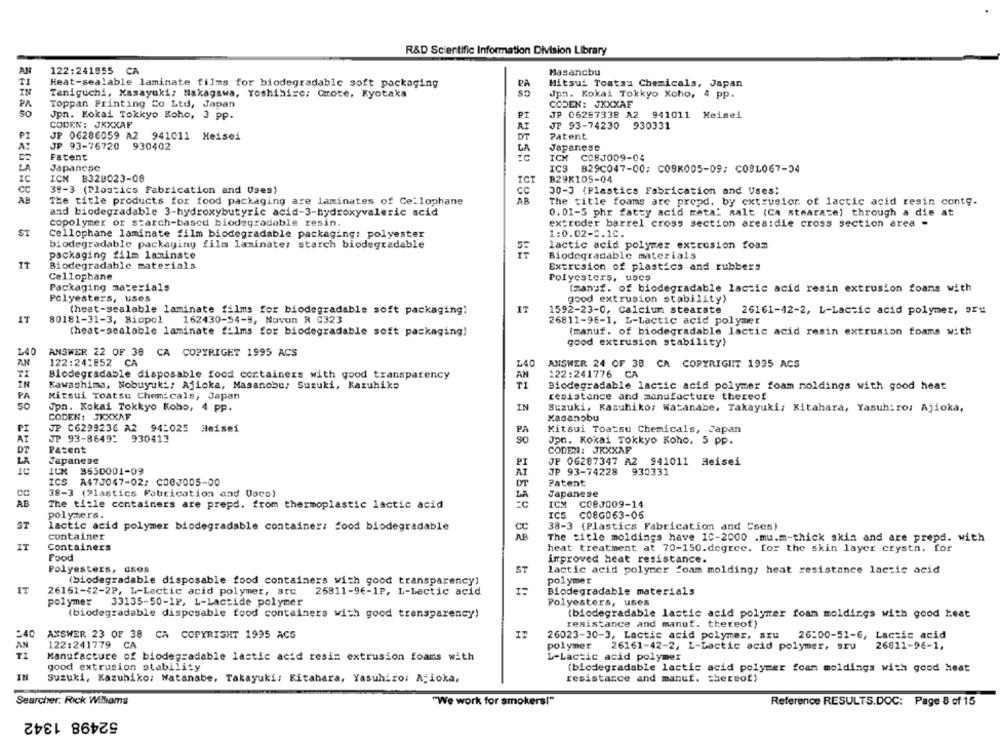
R&D Scientific Information Division Library
AN
122:241855 CA
Masancbu
Mitsui Toatsu Chemicals, Japan
TI
Heat-sealable laminate films for biodegradable soft packaging
Taniguchi, Masayuki, Nakagawa, Yoshihize; Grote, Kyotaka
Jpn. Kokai Tokkyo Koho, 4 pp.
PA
Toppan Printing Co Ltd, Japan
CODEN: JXXXAF
SO
Jpn. Kokai Tokkyo Koho, 3 pp.
PI
JP 06257338 A2 941011 Heisei
CODEN: JXXXAF
AI
JP 93-74230 930331
PI
JP 06286059 A2 941011 Heisei
DT
Patent
JP 93-76720 930402
Japanese
Patent
ICH
C08J009-04
Japanese
ICS
B29C047-00; C08K005-09: C08L067-34
IC
ICH B329023-08
B29K105-04
ICT
39-3 (Plastics Fabrication and Uses)
Cc
30-3 (Plastics Fabrication and Uses;
The title products for food packaging are laminates of Cellophane
AR
The title foams are prend. by extrusion of lactic acid resin conte.
and biodegradable 3-hydroxybutyric acid-3-hydroxyvaleric acid
0.01-5 phr fatty acid meta' salt (Ca stearate) through a die at
copolymer or starch-based biodegradable resin.
extruder barrel cross section area:die cross section area -
ST
Cellophane laminate film biodegradable packaging; polyester
1:0.02-0.10.
biodegradable packaging film laminate; starch biodegradable
lactic acid polymer extrusion foam
packaging film laminate
Biodegradable materials
IT
Biodegradable materials
Extrusion of plastics and rubbers
Cellophane
Polyesters, uses
Packaging materials
(manuf. of biodegradable lactic acid resin extrusion foams with
Polyesters, uses
good extrusion stability)
(heat-sealable laminate films for biodegradable soft packaging;
1592-23-0, Calcium stearate
26161-42-2, L-Lactic acid polymer, 9ru
IT
80181-31-3, Biopol
162430-54-9, Novon R 0323
26811-96-1. L-Lactic acid polymer
(heat-sealable laminate films for biodegradable soft packaging)
(manuf. of biodegradable lactic acid resin extrusion foams with
good extrusion stability)
140
ANSWER 22 OF 38 CA COPYRIGHT 1995 ACS
122:24:852 CA
L40
ANSWER 24 OF 38 CA COPYRIGHT 1995 ACS
TI
Blodegradable disposable food containers with good transparency
AN
122:241776 CA
IN
Kawashima, Nobuyuki; Ajioka, Masanobu, Suzuki, Kazuhiko
Biodegradable lactic acid polymer foam moldings with good heat
PA
Mitsui Toatsu Chemicals, Japan
resistance and manufacture thereof
50
Jpn. Kokai Tokkyo Koho, 4 pp.
IN
Suzuki, Kazuhiko: Watanabe, Takayuki; Kitahara, Yasuhiro: Ajioka,
CODEN: JXXXAF
Masanobu
JP C6299236 A2 94:025 Heisei
Mitsui Toatsu Chemicals, Japan
PI
AT
JP 93-86491 930413
Jpn. Kokai Tokkyo Koho, 5 pp.
DE
Patent
CODEN: JXXXAF
Japanese
JP 06287347 A2 941011 Heisei
P
ICH 3550001-09
AT
JP 93-74228 930331
ICS
A473047-02/ C00J005-00
Patent
cc
38-3 (Plastics Fabrication and Dacs)
LA
Japanese
AD
The title containers are prepd. from thermoplastic lactic acid
ICM
C08J009-14
polymers.
ICS C08G063-05
ST
lactic acid polymer biodegradable container: food biodegradable
38-3 (Plastics Fabrication and Cses)
CC
container
AB
The title moldings have 10-2000 .mu.m-thick skin and are prepd. with
IT
Containers
heat treatment at 70-150.degree. for the skin layer crystn. for
Food
improved heat resistance.
Polyesters, us08
ST
lactic acid polymer foam molding; heat resistance lactic acid
(biodegradable disposable food containers with good transparency)
polymer
IT
26151-42-2P, L-Lactic acid polymer, are
26811-96-1P, L-Lactic acid
Biodegradable materials
polymer
33135-50-1P, L-Laccide polymer
Polyesters, uses
(biodegradable disposable food containers with good transparency)
(biodegradable lastic acid polymer foam moldings with good heat
resistance and manuf. thereof)
:40
ANSWER 23 OF 38 CA COPYRIGHT 1995 ACS
IT
26023-30-3, Lactic acid polymer, szu 26:00-51-6, Lactic acid
AN
122:241779
CA
polymer
26811-96-1,
TI
26161-42-2, L-Lactic acid polymer, sru
Manufacture of biodegradable lactic acid resin extrusion foams with
L-Lactic acid polymer
good extrusion stability
(biodegradable lactic acid polymer foam moldings with good heat
IN
Suzuki, Kazuhiko: Watanabe, Takayuki: Kitahara, Yasuhiro: Atioka,
resistance and manuf. thereof)
Searcher. Rick Williams
"We work for smokers!"
Reference RESULTS.DOC: Page 8 of 15
52498 1342